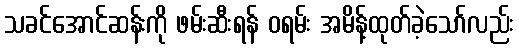
သခင်အောင်ဆန်းကို ဖမ်းဆီးရန် ဝရမ်း အမိန့်ထုတ်ခဲ့သော်လည်း